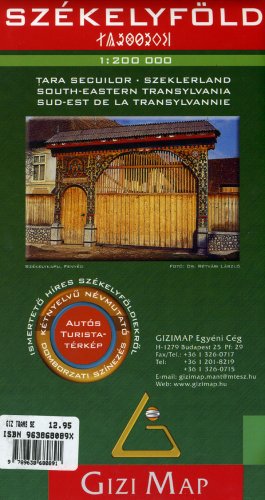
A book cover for Szekelyfold, Romania Map (South-eastern Translavania) (English, French and German Edition); Gizi Map; Travel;